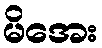
မိအေး